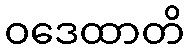
ဝဒေထာတိ